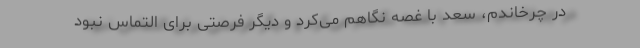
در چرخاندم، سعد با غصه نگاهم می‌کرد و دیگر فرصتی برای التماس نبود